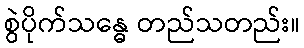
စွဲပိုက်သန္ဓေ တည်သတည်း။